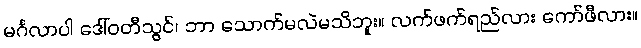
မင်္ဂလာပါ ဒေါ်ဝတီသွင်၊ ဘာ သောက်မလဲမသိဘူး။ လက်ဖက်ရည်လား ကော်ဖီလား။